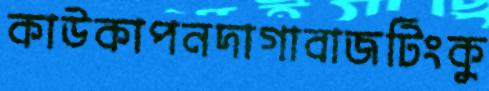
কাউকাপনদাগাবাজটিংকু